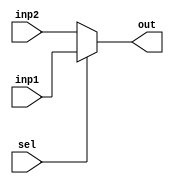
`timescale 1ns / 1ps
//////////////////////////////////////////////////////////////////////////////////
// Company: 
// Engineer: 
// 
// Design Name: 
// Module Name:    shiftmux 
// Project Name: 
// Target Devices: 
// Tool versions: 
// Description: 
//
// Dependencies: 
//
// Revision: 
// Revision 0.01 - File Created
// Additional Comments: 
//
//////////////////////////////////////////////////////////////////////////////////
module shiftmux(
    input [31:0]inp1,
    input [31:0]inp2,
    input sel,
    output [31:0]out
    );
 assign out=(sel==1)?inp1:inp2;

endmodule